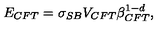
E _ { C F T } = \sigma _ { S B } V _ { C F T } \beta _ { C F T } ^ { 1 - d } ,